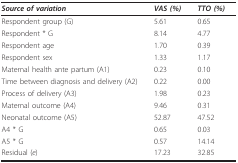
<table><thead><tr><td><b><i>Source of variation</i></b></td><td><b><i>VAS (%)</i></b></td><td><b><i>TTO (%)</i></b></td></tr></thead><tbody><tr><td>Respondent group (G)</td><td>5.61</td><td>0.65</td></tr><tr><td>Respondent * G</td><td>8.14</td><td>4.77</td></tr><tr><td>Respondent age</td><td>1.70</td><td>0.39</td></tr><tr><td>Respondent sex</td><td>1.33</td><td>1.17</td></tr><tr><td>Maternal health ante partum (A1)</td><td>0.23</td><td>0.10</td></tr><tr><td>Time between diagnosis and delivery (A2)</td><td>0.22</td><td>0.00</td></tr><tr><td>Process of delivery (A3)</td><td>1.98</td><td>0.23</td></tr><tr><td>Maternal outcome (A4)</td><td>9.46</td><td>0.31</td></tr><tr><td>Neonatal outcome (A5)</td><td>52.87</td><td>47.52</td></tr><tr><td>A4 * G</td><td>0.65</td><td>0.03</td></tr><tr><td>A5 * G</td><td>0.57</td><td>14.14</td></tr><tr><td>Residual (<i>e</i>)</td><td>17.23</td><td>32.85</td></tr></tbody></table>